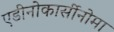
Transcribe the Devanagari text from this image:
एडीनोकार्सीनोमा